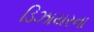
ડિઝાયરના